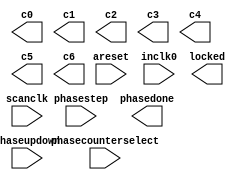
// megafunction wizard: %ALTPLL%VBB%
// GENERATION: STANDARD
// VERSION: WM1.0
// MODULE: altpll 

// ============================================================
// Megafunction Name(s):
// 			altpll
//
// Simulation Library Files(s):
// 			
// ============================================================
// ************************************************************
// THIS IS A WIZARD-GENERATED FILE. DO NOT EDIT THIS FILE!
//
// 11.1 Build 259 01/25/2012 SP 2 SJ Full Version
// ************************************************************

//Copyright (C) 1991-2011 Altera Corporation
//Your use of Altera Corporation's design tools, logic functions 
//and other software and tools, and its AMPP partner logic 
//functions, and any output files from any of the foregoing 
//(including device programming or simulation files), and any 
//associated documentation or information are expressly subject 
//to the terms and conditions of the Altera Program License 
//Subscription Agreement, Altera MegaCore Function License 
//Agreement, or other applicable license agreement, including, 
//without limitation, that your use is for the sole purpose of 
//programming logic devices manufactured by Altera and sold by 
//Altera or its authorized distributors.  Please refer to the 
//applicable agreement for further details.

module ddr2_phy_alt_mem_phy_pll (
	areset,
	inclk0,
	phasecounterselect,
	phasestep,
	phaseupdown,
	scanclk,
	c0,
	c1,
	c2,
	c3,
	c4,
	c5,
	c6,
	locked,
	phasedone);

	input	  areset;
	input	  inclk0;
	input	[3:0]  phasecounterselect;
	input	  phasestep;
	input	  phaseupdown;
	input	  scanclk;
	output	  c0;
	output	  c1;
	output	  c2;
	output	  c3;
	output	  c4;
	output	  c5;
	output	  c6;
	output	  locked;
	output	  phasedone;
`ifndef ALTERA_RESERVED_QIS
// synopsys translate_off
`endif
	tri0	  areset;
	tri0	[3:0]  phasecounterselect;
	tri0	  phasestep;
	tri0	  phaseupdown;
`ifndef ALTERA_RESERVED_QIS
// synopsys translate_on
`endif

endmodule

// ============================================================
// CNX file retrieval info
// ============================================================
// Retrieval info: PRIVATE: ACTIVECLK_CHECK STRING "0"
// Retrieval info: PRIVATE: BANDWIDTH STRING "1.000"
// Retrieval info: PRIVATE: BANDWIDTH_FEATURE_ENABLED STRING "1"
// Retrieval info: PRIVATE: BANDWIDTH_FREQ_UNIT STRING "MHz"
// Retrieval info: PRIVATE: BANDWIDTH_PRESET STRING "Low"
// Retrieval info: PRIVATE: BANDWIDTH_USE_AUTO STRING "1"
// Retrieval info: PRIVATE: BANDWIDTH_USE_PRESET STRING "0"
// Retrieval info: PRIVATE: CLKBAD_SWITCHOVER_CHECK STRING "0"
// Retrieval info: PRIVATE: CLKLOSS_CHECK STRING "0"
// Retrieval info: PRIVATE: CLKSWITCH_CHECK STRING "0"
// Retrieval info: PRIVATE: CNX_NO_COMPENSATE_RADIO STRING "1"
// Retrieval info: PRIVATE: CREATE_CLKBAD_CHECK STRING "0"
// Retrieval info: PRIVATE: CREATE_INCLK1_CHECK STRING "0"
// Retrieval info: PRIVATE: CUR_DEDICATED_CLK STRING "c0"
// Retrieval info: PRIVATE: CUR_FBIN_CLK STRING "c0"
// Retrieval info: PRIVATE: DEVICE_SPEED_GRADE STRING "2"
// Retrieval info: PRIVATE: DIV_FACTOR0 NUMERIC "1"
// Retrieval info: PRIVATE: DIV_FACTOR1 NUMERIC "1"
// Retrieval info: PRIVATE: DIV_FACTOR2 NUMERIC "1"
// Retrieval info: PRIVATE: DIV_FACTOR3 NUMERIC "1"
// Retrieval info: PRIVATE: DIV_FACTOR4 NUMERIC "1"
// Retrieval info: PRIVATE: DIV_FACTOR5 NUMERIC "1"
// Retrieval info: PRIVATE: DIV_FACTOR6 NUMERIC "1"
// Retrieval info: PRIVATE: DUTY_CYCLE0 STRING "50.00000000"
// Retrieval info: PRIVATE: DUTY_CYCLE1 STRING "50.00000000"
// Retrieval info: PRIVATE: DUTY_CYCLE2 STRING "50.00000000"
// Retrieval info: PRIVATE: DUTY_CYCLE3 STRING "50.00000000"
// Retrieval info: PRIVATE: DUTY_CYCLE4 STRING "50.00000000"
// Retrieval info: PRIVATE: DUTY_CYCLE5 STRING "50.00000000"
// Retrieval info: PRIVATE: DUTY_CYCLE6 STRING "50.00000000"
// Retrieval info: PRIVATE: EFF_OUTPUT_FREQ_VALUE0 STRING "200.000000"
// Retrieval info: PRIVATE: EFF_OUTPUT_FREQ_VALUE1 STRING "400.000000"
// Retrieval info: PRIVATE: EFF_OUTPUT_FREQ_VALUE2 STRING "400.000000"
// Retrieval info: PRIVATE: EFF_OUTPUT_FREQ_VALUE3 STRING "400.000000"
// Retrieval info: PRIVATE: EFF_OUTPUT_FREQ_VALUE4 STRING "400.000000"
// Retrieval info: PRIVATE: EFF_OUTPUT_FREQ_VALUE5 STRING "200.000000"
// Retrieval info: PRIVATE: EFF_OUTPUT_FREQ_VALUE6 STRING "200.000000"
// Retrieval info: PRIVATE: EXPLICIT_SWITCHOVER_COUNTER STRING "0"
// Retrieval info: PRIVATE: EXT_FEEDBACK_RADIO STRING "0"
// Retrieval info: PRIVATE: GLOCKED_COUNTER_EDIT_CHANGED STRING "1"
// Retrieval info: PRIVATE: GLOCKED_FEATURE_ENABLED STRING "0"
// Retrieval info: PRIVATE: GLOCKED_MODE_CHECK STRING "0"
// Retrieval info: PRIVATE: GLOCK_COUNTER_EDIT NUMERIC "1048575"
// Retrieval info: PRIVATE: HAS_MANUAL_SWITCHOVER STRING "1"
// Retrieval info: PRIVATE: INCLK0_FREQ_EDIT STRING "200.000"
// Retrieval info: PRIVATE: INCLK0_FREQ_UNIT_COMBO STRING "MHz"
// Retrieval info: PRIVATE: INCLK1_FREQ_EDIT STRING "100.000"
// Retrieval info: PRIVATE: INCLK1_FREQ_EDIT_CHANGED STRING "1"
// Retrieval info: PRIVATE: INCLK1_FREQ_UNIT_CHANGED STRING "1"
// Retrieval info: PRIVATE: INCLK1_FREQ_UNIT_COMBO STRING "MHz"
// Retrieval info: PRIVATE: INTENDED_DEVICE_FAMILY STRING "Stratix IV"
// Retrieval info: PRIVATE: INT_FEEDBACK__MODE_RADIO STRING "1"
// Retrieval info: PRIVATE: LOCKED_OUTPUT_CHECK STRING "1"
// Retrieval info: PRIVATE: LONG_SCAN_RADIO STRING "1"
// Retrieval info: PRIVATE: LVDS_MODE_DATA_RATE STRING "Not Available"
// Retrieval info: PRIVATE: LVDS_MODE_DATA_RATE_DIRTY NUMERIC "0"
// Retrieval info: PRIVATE: LVDS_PHASE_SHIFT_UNIT0 STRING "deg"
// Retrieval info: PRIVATE: LVDS_PHASE_SHIFT_UNIT1 STRING "deg"
// Retrieval info: PRIVATE: LVDS_PHASE_SHIFT_UNIT2 STRING "deg"
// Retrieval info: PRIVATE: LVDS_PHASE_SHIFT_UNIT3 STRING "deg"
// Retrieval info: PRIVATE: LVDS_PHASE_SHIFT_UNIT4 STRING "deg"
// Retrieval info: PRIVATE: LVDS_PHASE_SHIFT_UNIT5 STRING "deg"
// Retrieval info: PRIVATE: LVDS_PHASE_SHIFT_UNIT6 STRING "deg"
// Retrieval info: PRIVATE: MANUAL_PHASE_SHIFT_STEP_EDIT STRING "78.00000000"
// Retrieval info: PRIVATE: MANUAL_PHASE_SHIFT_STEP_UNIT STRING "ps"
// Retrieval info: PRIVATE: MIG_DEVICE_SPEED_GRADE STRING "Any"
// Retrieval info: PRIVATE: MULT_FACTOR0 NUMERIC "2"
// Retrieval info: PRIVATE: MULT_FACTOR1 NUMERIC "4"
// Retrieval info: PRIVATE: MULT_FACTOR2 NUMERIC "2"
// Retrieval info: PRIVATE: MULT_FACTOR3 NUMERIC "4"
// Retrieval info: PRIVATE: MULT_FACTOR4 NUMERIC "4"
// Retrieval info: PRIVATE: MULT_FACTOR5 NUMERIC "2"
// Retrieval info: PRIVATE: MULT_FACTOR6 NUMERIC "2"
// Retrieval info: PRIVATE: NORMAL_MODE_RADIO STRING "0"
// Retrieval info: PRIVATE: OUTPUT_FREQ0 STRING "200.00000000"
// Retrieval info: PRIVATE: OUTPUT_FREQ1 STRING "400.00000000"
// Retrieval info: PRIVATE: OUTPUT_FREQ2 STRING "400.00000000"
// Retrieval info: PRIVATE: OUTPUT_FREQ3 STRING "400.00000000"
// Retrieval info: PRIVATE: OUTPUT_FREQ4 STRING "400.00000000"
// Retrieval info: PRIVATE: OUTPUT_FREQ5 STRING "200.00000000"
// Retrieval info: PRIVATE: OUTPUT_FREQ6 STRING "200.00000000"
// Retrieval info: PRIVATE: OUTPUT_FREQ_MODE0 STRING "1"
// Retrieval info: PRIVATE: OUTPUT_FREQ_MODE1 STRING "1"
// Retrieval info: PRIVATE: OUTPUT_FREQ_MODE2 STRING "1"
// Retrieval info: PRIVATE: OUTPUT_FREQ_MODE3 STRING "1"
// Retrieval info: PRIVATE: OUTPUT_FREQ_MODE4 STRING "1"
// Retrieval info: PRIVATE: OUTPUT_FREQ_MODE5 STRING "1"
// Retrieval info: PRIVATE: OUTPUT_FREQ_MODE6 STRING "1"
// Retrieval info: PRIVATE: OUTPUT_FREQ_UNIT0 STRING "MHz"
// Retrieval info: PRIVATE: OUTPUT_FREQ_UNIT1 STRING "MHz"
// Retrieval info: PRIVATE: OUTPUT_FREQ_UNIT2 STRING "MHz"
// Retrieval info: PRIVATE: OUTPUT_FREQ_UNIT3 STRING "MHz"
// Retrieval info: PRIVATE: OUTPUT_FREQ_UNIT4 STRING "MHz"
// Retrieval info: PRIVATE: OUTPUT_FREQ_UNIT5 STRING "MHz"
// Retrieval info: PRIVATE: OUTPUT_FREQ_UNIT6 STRING "MHz"
// Retrieval info: PRIVATE: PHASE_RECONFIG_FEATURE_ENABLED STRING "1"
// Retrieval info: PRIVATE: PHASE_RECONFIG_INPUTS_CHECK STRING "1"
// Retrieval info: PRIVATE: PHASE_SHIFT0 STRING "30.00000000"
// Retrieval info: PRIVATE: PHASE_SHIFT1 STRING "0.00000000"
// Retrieval info: PRIVATE: PHASE_SHIFT2 STRING "60.00000000"
// Retrieval info: PRIVATE: PHASE_SHIFT3 STRING "-90.00000000"
// Retrieval info: PRIVATE: PHASE_SHIFT4 STRING "0.00000000"
// Retrieval info: PRIVATE: PHASE_SHIFT5 STRING "0.00000000"
// Retrieval info: PRIVATE: PHASE_SHIFT6 STRING "240.00000000"
// Retrieval info: PRIVATE: PHASE_SHIFT_STEP_ENABLED_CHECK STRING "1"
// Retrieval info: PRIVATE: PHASE_SHIFT_UNIT0 STRING "deg"
// Retrieval info: PRIVATE: PHASE_SHIFT_UNIT1 STRING "deg"
// Retrieval info: PRIVATE: PHASE_SHIFT_UNIT2 STRING "deg"
// Retrieval info: PRIVATE: PHASE_SHIFT_UNIT3 STRING "deg"
// Retrieval info: PRIVATE: PHASE_SHIFT_UNIT4 STRING "deg"
// Retrieval info: PRIVATE: PHASE_SHIFT_UNIT5 STRING "deg"
// Retrieval info: PRIVATE: PHASE_SHIFT_UNIT6 STRING "deg"
// Retrieval info: PRIVATE: PLL_ADVANCED_PARAM_CHECK STRING "0"
// Retrieval info: PRIVATE: PLL_ARESET_CHECK STRING "1"
// Retrieval info: PRIVATE: PLL_AUTOPLL_CHECK NUMERIC "1"
// Retrieval info: PRIVATE: PLL_ENHPLL_CHECK NUMERIC "0"
// Retrieval info: PRIVATE: PLL_FASTPLL_CHECK NUMERIC "0"
// Retrieval info: PRIVATE: PLL_FBMIMIC_CHECK STRING "0"
// Retrieval info: PRIVATE: PLL_LVDS_PLL_CHECK NUMERIC "0"
// Retrieval info: PRIVATE: PLL_PFDENA_CHECK STRING "0"
// Retrieval info: PRIVATE: PLL_TARGET_HARCOPY_CHECK NUMERIC "0"
// Retrieval info: PRIVATE: PRIMARY_CLK_COMBO STRING "inclk0"
// Retrieval info: PRIVATE: RECONFIG_FILE STRING "alt_mem_phy_pll.mif"
// Retrieval info: PRIVATE: SACN_INPUTS_CHECK STRING "0"
// Retrieval info: PRIVATE: SCAN_FEATURE_ENABLED STRING "1"
// Retrieval info: PRIVATE: SELF_RESET_LOCK_LOSS STRING "0"
// Retrieval info: PRIVATE: SHORT_SCAN_RADIO STRING "0"
// Retrieval info: PRIVATE: SPREAD_FEATURE_ENABLED STRING "0"
// Retrieval info: PRIVATE: SPREAD_FREQ STRING "50.000"
// Retrieval info: PRIVATE: SPREAD_FREQ_UNIT STRING "KHz"
// Retrieval info: PRIVATE: SPREAD_PERCENT STRING "0.500"
// Retrieval info: PRIVATE: SPREAD_USE STRING "0"
// Retrieval info: PRIVATE: SRC_SYNCH_COMP_RADIO STRING "0"
// Retrieval info: PRIVATE: STICKY_CLK0 STRING "1"
// Retrieval info: PRIVATE: STICKY_CLK1 STRING "1"
// Retrieval info: PRIVATE: STICKY_CLK2 STRING "1"
// Retrieval info: PRIVATE: STICKY_CLK3 STRING "1"
// Retrieval info: PRIVATE: STICKY_CLK4 STRING "1"
// Retrieval info: PRIVATE: STICKY_CLK5 STRING "1"
// Retrieval info: PRIVATE: STICKY_CLK6 STRING "1"
// Retrieval info: PRIVATE: SWITCHOVER_COUNT_EDIT NUMERIC "1"
// Retrieval info: PRIVATE: SWITCHOVER_FEATURE_ENABLED STRING "1"
// Retrieval info: PRIVATE: SYNTH_WRAPPER_GEN_POSTFIX STRING "0"
// Retrieval info: PRIVATE: USE_CLK0 STRING "1"
// Retrieval info: PRIVATE: USE_CLK1 STRING "1"
// Retrieval info: PRIVATE: USE_CLK2 STRING "1"
// Retrieval info: PRIVATE: USE_CLK3 STRING "1"
// Retrieval info: PRIVATE: USE_CLK4 STRING "1"
// Retrieval info: PRIVATE: USE_CLK5 STRING "1"
// Retrieval info: PRIVATE: USE_CLK6 STRING "1"
// Retrieval info: PRIVATE: USE_MIL_SPEED_GRADE NUMERIC "0"
// Retrieval info: PRIVATE: ZERO_DELAY_RADIO STRING "0"
// Retrieval info: LIBRARY: altera_mf altera_mf.altera_mf_components.all
// Retrieval info: CONSTANT: BANDWIDTH_TYPE STRING "AUTO"
// Retrieval info: CONSTANT: CLK0_DIVIDE_BY NUMERIC "1"
// Retrieval info: CONSTANT: CLK0_DUTY_CYCLE NUMERIC "50"
// Retrieval info: CONSTANT: CLK0_MULTIPLY_BY NUMERIC "1"
// Retrieval info: CONSTANT: CLK0_PHASE_SHIFT STRING "417"
// Retrieval info: CONSTANT: CLK1_DIVIDE_BY NUMERIC "1"
// Retrieval info: CONSTANT: CLK1_DUTY_CYCLE NUMERIC "50"
// Retrieval info: CONSTANT: CLK1_MULTIPLY_BY NUMERIC "2"
// Retrieval info: CONSTANT: CLK1_PHASE_SHIFT STRING "0"
// Retrieval info: CONSTANT: CLK2_DIVIDE_BY NUMERIC "1"
// Retrieval info: CONSTANT: CLK2_DUTY_CYCLE NUMERIC "50"
// Retrieval info: CONSTANT: CLK2_MULTIPLY_BY NUMERIC "2"
// Retrieval info: CONSTANT: CLK2_PHASE_SHIFT STRING "417"
// Retrieval info: CONSTANT: CLK3_DIVIDE_BY NUMERIC "1"
// Retrieval info: CONSTANT: CLK3_DUTY_CYCLE NUMERIC "50"
// Retrieval info: CONSTANT: CLK3_MULTIPLY_BY NUMERIC "2"
// Retrieval info: CONSTANT: CLK3_PHASE_SHIFT STRING "-625"
// Retrieval info: CONSTANT: CLK4_DIVIDE_BY NUMERIC "1"
// Retrieval info: CONSTANT: CLK4_DUTY_CYCLE NUMERIC "50"
// Retrieval info: CONSTANT: CLK4_MULTIPLY_BY NUMERIC "2"
// Retrieval info: CONSTANT: CLK4_PHASE_SHIFT STRING "0"
// Retrieval info: CONSTANT: CLK5_DIVIDE_BY NUMERIC "1"
// Retrieval info: CONSTANT: CLK5_DUTY_CYCLE NUMERIC "50"
// Retrieval info: CONSTANT: CLK5_MULTIPLY_BY NUMERIC "1"
// Retrieval info: CONSTANT: CLK5_PHASE_SHIFT STRING "0"
// Retrieval info: CONSTANT: CLK6_DIVIDE_BY NUMERIC "1"
// Retrieval info: CONSTANT: CLK6_DUTY_CYCLE NUMERIC "50"
// Retrieval info: CONSTANT: CLK6_MULTIPLY_BY NUMERIC "1"
// Retrieval info: CONSTANT: CLK6_PHASE_SHIFT STRING "3333"
// Retrieval info: CONSTANT: INCLK0_INPUT_FREQUENCY NUMERIC "5000"
// Retrieval info: CONSTANT: INTENDED_DEVICE_FAMILY STRING "Stratix IV"
// Retrieval info: CONSTANT: LPM_TYPE STRING "altpll"
// Retrieval info: CONSTANT: OPERATION_MODE STRING "NO_COMPENSATION"
// Retrieval info: CONSTANT: PLL_TYPE STRING "AUTO"
// Retrieval info: CONSTANT: PORT_ACTIVECLOCK STRING "PORT_UNUSED"
// Retrieval info: CONSTANT: PORT_ARESET STRING "PORT_USED"
// Retrieval info: CONSTANT: PORT_CLKBAD0 STRING "PORT_UNUSED"
// Retrieval info: CONSTANT: PORT_CLKBAD1 STRING "PORT_UNUSED"
// Retrieval info: CONSTANT: PORT_CLKLOSS STRING "PORT_UNUSED"
// Retrieval info: CONSTANT: PORT_CLKSWITCH STRING "PORT_UNUSED"
// Retrieval info: CONSTANT: PORT_CONFIGUPDATE STRING "PORT_UNUSED"
// Retrieval info: CONSTANT: PORT_FBIN STRING "PORT_UNUSED"
// Retrieval info: CONSTANT: PORT_FBOUT STRING "PORT_UNUSED"
// Retrieval info: CONSTANT: PORT_INCLK0 STRING "PORT_USED"
// Retrieval info: CONSTANT: PORT_INCLK1 STRING "PORT_UNUSED"
// Retrieval info: CONSTANT: PORT_LOCKED STRING "PORT_USED"
// Retrieval info: CONSTANT: PORT_PFDENA STRING "PORT_UNUSED"
// Retrieval info: CONSTANT: PORT_PHASECOUNTERSELECT STRING "PORT_USED"
// Retrieval info: CONSTANT: PORT_PHASEDONE STRING "PORT_USED"
// Retrieval info: CONSTANT: PORT_PHASESTEP STRING "PORT_USED"
// Retrieval info: CONSTANT: PORT_PHASEUPDOWN STRING "PORT_USED"
// Retrieval info: CONSTANT: PORT_PLLENA STRING "PORT_UNUSED"
// Retrieval info: CONSTANT: PORT_SCANACLR STRING "PORT_UNUSED"
// Retrieval info: CONSTANT: PORT_SCANCLK STRING "PORT_USED"
// Retrieval info: CONSTANT: PORT_SCANCLKENA STRING "PORT_UNUSED"
// Retrieval info: CONSTANT: PORT_SCANDATA STRING "PORT_UNUSED"
// Retrieval info: CONSTANT: PORT_SCANDATAOUT STRING "PORT_UNUSED"
// Retrieval info: CONSTANT: PORT_SCANDONE STRING "PORT_UNUSED"
// Retrieval info: CONSTANT: PORT_SCANREAD STRING "PORT_UNUSED"
// Retrieval info: CONSTANT: PORT_SCANWRITE STRING "PORT_UNUSED"
// Retrieval info: CONSTANT: PORT_clk0 STRING "PORT_USED"
// Retrieval info: CONSTANT: PORT_clk1 STRING "PORT_USED"
// Retrieval info: CONSTANT: PORT_clk2 STRING "PORT_USED"
// Retrieval info: CONSTANT: PORT_clk3 STRING "PORT_USED"
// Retrieval info: CONSTANT: PORT_clk4 STRING "PORT_USED"
// Retrieval info: CONSTANT: PORT_clk5 STRING "PORT_USED"
// Retrieval info: CONSTANT: PORT_clk6 STRING "PORT_USED"
// Retrieval info: CONSTANT: PORT_clk7 STRING "PORT_UNUSED"
// Retrieval info: CONSTANT: PORT_clk8 STRING "PORT_UNUSED"
// Retrieval info: CONSTANT: PORT_clk9 STRING "PORT_UNUSED"
// Retrieval info: CONSTANT: PORT_clkena0 STRING "PORT_UNUSED"
// Retrieval info: CONSTANT: PORT_clkena1 STRING "PORT_UNUSED"
// Retrieval info: CONSTANT: PORT_clkena2 STRING "PORT_UNUSED"
// Retrieval info: CONSTANT: PORT_clkena3 STRING "PORT_UNUSED"
// Retrieval info: CONSTANT: PORT_clkena4 STRING "PORT_UNUSED"
// Retrieval info: CONSTANT: PORT_clkena5 STRING "PORT_UNUSED"
// Retrieval info: CONSTANT: SELF_RESET_ON_LOSS_LOCK STRING "OFF"
// Retrieval info: CONSTANT: USING_FBMIMICBIDIR_PORT STRING "OFF"
// Retrieval info: CONSTANT: VCO_FREQUENCY_CONTROL STRING "MANUAL_PHASE"
// Retrieval info: CONSTANT: VCO_PHASE_SHIFT_STEP NUMERIC "78"
// Retrieval info: CONSTANT: WIDTH_CLOCK NUMERIC "10"
// Retrieval info: USED_PORT: @clk 0 0 10 0 OUTPUT_CLK_EXT VCC "@clk[9..0]"
// Retrieval info: USED_PORT: areset 0 0 0 0 INPUT GND "areset"
// Retrieval info: USED_PORT: c0 0 0 0 0 OUTPUT_CLK_EXT VCC "c0"
// Retrieval info: USED_PORT: c1 0 0 0 0 OUTPUT_CLK_EXT VCC "c1"
// Retrieval info: USED_PORT: c2 0 0 0 0 OUTPUT_CLK_EXT VCC "c2"
// Retrieval info: USED_PORT: c3 0 0 0 0 OUTPUT_CLK_EXT VCC "c3"
// Retrieval info: USED_PORT: c4 0 0 0 0 OUTPUT_CLK_EXT VCC "c4"
// Retrieval info: USED_PORT: c5 0 0 0 0 OUTPUT_CLK_EXT VCC "c5"
// Retrieval info: USED_PORT: c6 0 0 0 0 OUTPUT_CLK_EXT VCC "c6"
// Retrieval info: USED_PORT: inclk0 0 0 0 0 INPUT_CLK_EXT GND "inclk0"
// Retrieval info: USED_PORT: locked 0 0 0 0 OUTPUT GND "locked"
// Retrieval info: USED_PORT: phasecounterselect 0 0 4 0 INPUT GND "phasecounterselect[3..0]"
// Retrieval info: USED_PORT: phasedone 0 0 0 0 OUTPUT GND "phasedone"
// Retrieval info: USED_PORT: phasestep 0 0 0 0 INPUT GND "phasestep"
// Retrieval info: USED_PORT: phaseupdown 0 0 0 0 INPUT GND "phaseupdown"
// Retrieval info: USED_PORT: scanclk 0 0 0 0 INPUT_CLK_EXT VCC "scanclk"
// Retrieval info: CONNECT: @areset 0 0 0 0 areset 0 0 0 0
// Retrieval info: CONNECT: @inclk 0 0 1 1 GND 0 0 0 0
// Retrieval info: CONNECT: @inclk 0 0 1 0 inclk0 0 0 0 0
// Retrieval info: CONNECT: @phasecounterselect 0 0 4 0 phasecounterselect 0 0 4 0
// Retrieval info: CONNECT: @phasestep 0 0 0 0 phasestep 0 0 0 0
// Retrieval info: CONNECT: @phaseupdown 0 0 0 0 phaseupdown 0 0 0 0
// Retrieval info: CONNECT: @scanclk 0 0 0 0 scanclk 0 0 0 0
// Retrieval info: CONNECT: c0 0 0 0 0 @clk 0 0 1 0
// Retrieval info: CONNECT: c1 0 0 0 0 @clk 0 0 1 1
// Retrieval info: CONNECT: c2 0 0 0 0 @clk 0 0 1 2
// Retrieval info: CONNECT: c3 0 0 0 0 @clk 0 0 1 3
// Retrieval info: CONNECT: c4 0 0 0 0 @clk 0 0 1 4
// Retrieval info: CONNECT: c5 0 0 0 0 @clk 0 0 1 5
// Retrieval info: CONNECT: c6 0 0 0 0 @clk 0 0 1 6
// Retrieval info: CONNECT: locked 0 0 0 0 @locked 0 0 0 0
// Retrieval info: CONNECT: phasedone 0 0 0 0 @phasedone 0 0 0 0
// Retrieval info: GEN_FILE: TYPE_NORMAL alt_mem_phy_pll.v TRUE
// Retrieval info: GEN_FILE: TYPE_NORMAL alt_mem_phy_pll.ppf TRUE
// Retrieval info: GEN_FILE: TYPE_NORMAL alt_mem_phy_pll.inc FALSE
// Retrieval info: GEN_FILE: TYPE_NORMAL alt_mem_phy_pll.cmp FALSE
// Retrieval info: GEN_FILE: TYPE_NORMAL alt_mem_phy_pll.bsf FALSE
// Retrieval info: GEN_FILE: TYPE_NORMAL alt_mem_phy_pll_inst.v FALSE
// Retrieval info: GEN_FILE: TYPE_NORMAL alt_mem_phy_pll_bb.v TRUE
// Retrieval info: GEN_FILE: TYPE_NORMAL ddr2_phy_alt_mem_phy_pll.v TRUE
// Retrieval info: GEN_FILE: TYPE_NORMAL ddr2_phy_alt_mem_phy_pll.inc FALSE
// Retrieval info: GEN_FILE: TYPE_NORMAL ddr2_phy_alt_mem_phy_pll.cmp FALSE
// Retrieval info: GEN_FILE: TYPE_NORMAL ddr2_phy_alt_mem_phy_pll.bsf FALSE
// Retrieval info: GEN_FILE: TYPE_NORMAL ddr2_phy_alt_mem_phy_pll_inst.v FALSE
// Retrieval info: GEN_FILE: TYPE_NORMAL ddr2_phy_alt_mem_phy_pll_bb.v TRUE